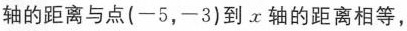
轴的距离与点(-5，-3)到x轴的距离相等，